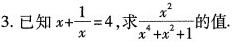
3.已知 $$x+ \frac{1}{x}=4$$ ,求 $$\frac{x^{2}}{x^{4}+x^{2}+1}$$ 值.